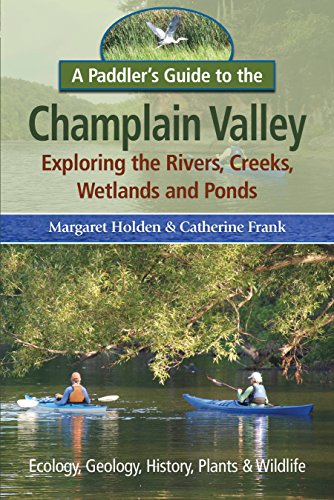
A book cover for A Paddler's Guide to the Champlain Valley: Exploring the Rivers, Creeks, Wetland and Ponds; Margaret Holden; Sports & Outdoors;